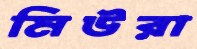
মিউরা